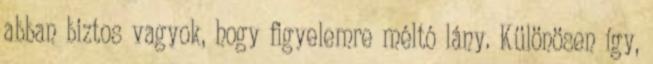
abban biztos vagyok, hogy figyelemre méltó lány. Különösen így,